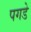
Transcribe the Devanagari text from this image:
पगडे